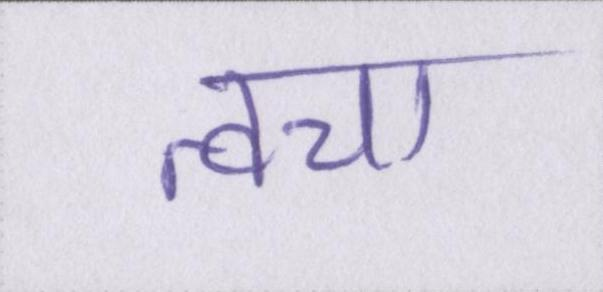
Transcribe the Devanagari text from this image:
त्वचा